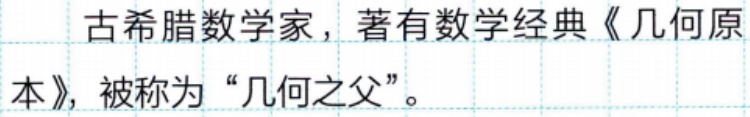
古希腊数学家，著有数学经典《几何原本》，被称为“几何之父”。